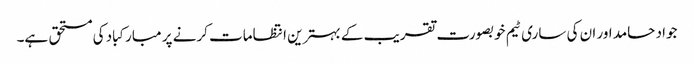
جواد حامد اور ان کی ساری ٹیم خوبصورت تقریب کے بہترین انتظامات کرنے پر مبارکباد کی مستحق ہے۔